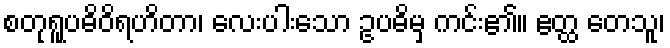
စတုရူပဓိဝိရဟိတာ၊ လေးပါးသော ဥပဓိမှ ကင်း၏။ ဧတ္ထ တေသူ၊